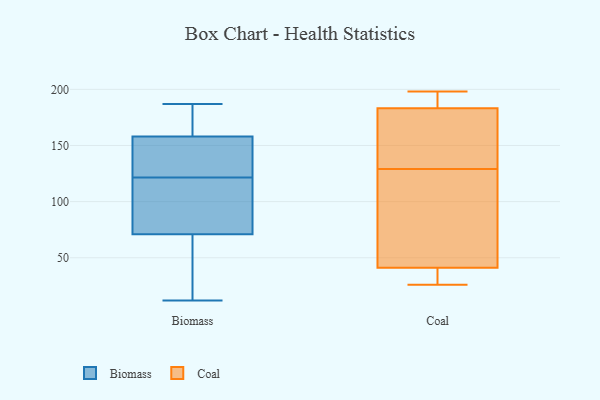
{"axis": {"x": "Shipments", "y": "Value"}, "legend": ["Biomass", "Coal"], "data": [{"x": "", "y": 107, "type": "Biomass"}, {"x": "", "y": 186, "type": "Biomass"}, {"x": "", "y": 12, "type": "Biomass"}, {"x": "", "y": 70, "type": "Biomass"}, {"x": "", "y": 127, "type": "Biomass"}, {"x": "", "y": 17, "type": "Biomass"}, {"x": "", "y": 180, "type": "Biomass"}, {"x": "", "y": 72, "type": "Biomass"}, {"x": "", "y": 175, "type": "Biomass"}, {"x": "", "y": 138, "type": "Biomass"}, {"x": "", "y": 187, "type": "Biomass"}, {"x": "", "y": 116, "type": "Biomass"}, {"x": "", "y": 110, "type": "Biomass"}, {"x": "", "y": 104, "type": "Biomass"}, {"x": "", "y": 135, "type": "Biomass"}, {"x": "", "y": 165, "type": "Biomass"}, {"x": "", "y": 65, "type": "Biomass"}, {"x": "", "y": 54, "type": "Biomass"}, {"x": "", "y": 135, "type": "Biomass"}, {"x": "", "y": 151, "type": "Biomass"}, {"x": "", "y": 41, "type": "Coal"}, {"x": "", "y": 64, "type": "Coal"}, {"x": "", "y": 30, "type": "Coal"}, {"x": "", "y": 33, "type": "Coal"}, {"x": "", "y": 195, "type": "Coal"}, {"x": "", "y": 43, "type": "Coal"}, {"x": "", "y": 186, "type": "Coal"}, {"x": "", "y": 148, "type": "Coal"}, {"x": "", "y": 178, "type": "Coal"}, {"x": "", "y": 26, "type": "Coal"}, {"x": "", "y": 185, "type": "Coal"}, {"x": "", "y": 41, "type": "Coal"}, {"x": "", "y": 27, "type": "Coal"}, {"x": "", "y": 162, "type": "Coal"}, {"x": "", "y": 198, "type": "Coal"}, {"x": "", "y": 148, "type": "Coal"}, {"x": "", "y": 186, "type": "Coal"}, {"x": "", "y": 99, "type": "Coal"}, {"x": "", "y": 129, "type": "Coal"}]}